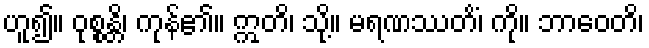
ဟူ၍။ ဝုစ္စန္တိ၊ ကုန်၏။ ဣတိ၊ သို့။ မရဏဿတိံ၊ ကို။ ဘာဝေတိ၊